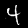
Digit: 4